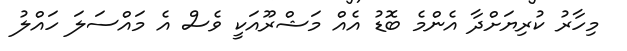
މިހާރު ކުރިޔަށްދާ އެންމެ ބޮޑު އެއް މަޝްރޫއަކީ ވެސް އެ މައްސަލަ ހައްލު